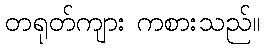
တရုတ်ကျား ကစားသည်။